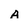
Character: A